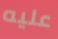
عليه